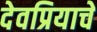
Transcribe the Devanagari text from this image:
देवप्रियाचे